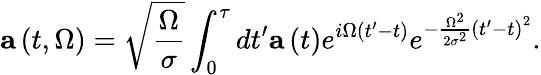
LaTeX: \mathbf{a}\left(t,\Omega\right)=\sqrt{\frac{\Omega}{\sigma}}\int_{0}^{\tau}dt^{\prime}\mathbf{a}\left(t\right)e^{i\Omega\left(t^{\prime}-t\right)}e^{-\frac{\Omega^{2}}{2\sigma^{2}}\left(t^{\prime}-t\right)^{2}}.